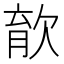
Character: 𣣎